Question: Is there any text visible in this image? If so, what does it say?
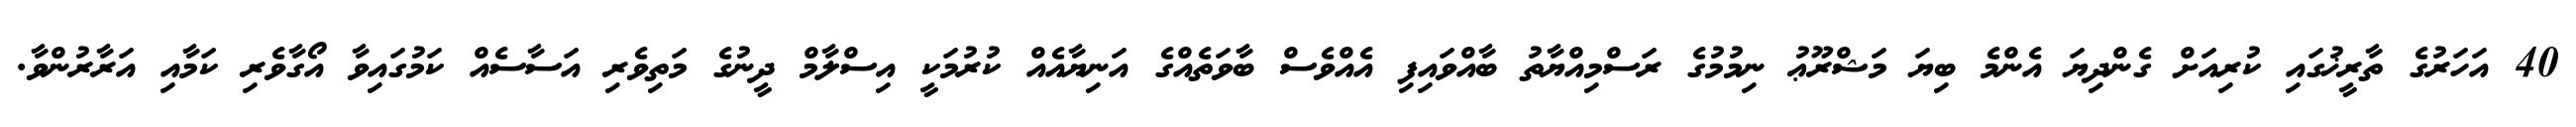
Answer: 40 އަހަރުގެ ތާރީޚުގައި ކުރިއަށް ގެންދިޔަ އެންމެ ބިޔަ މަޝްރޫޢު ނިމުމުގެ ރަސްމިއްޔާތު ބާއްވައިފި އެއްވެސް ބާވަތެއްގެ އަނިޔާއެއް ކުރުމަކީ އިސްލާމް ދީނުގެ މަތިވެރި އަސާސެއް ކަމުގައިވާ އޯގާވެރި ކަމާއި އަރާރުންވާ.